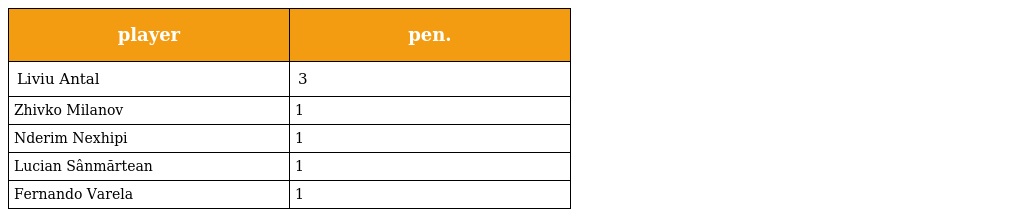
| player | pen. |
 | --- | --- |
 | Liviu Antal | 3 |
 | Zhivko Milanov | 1 |
 | Nderim Nexhipi | 1 |
 | Lucian Sânmărtean | 1 |
 | Fernando Varela | 1 |